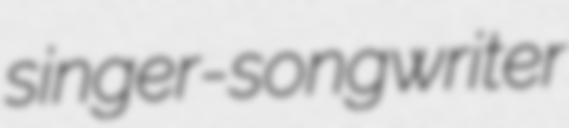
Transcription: singer-songwriter